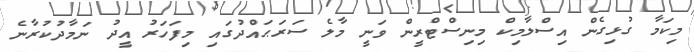
މިކަމާ ގުޅިގެން އިސްލާމިކް މިނިސްޓްރީން ވަނީ މާލެ ސަރަޙައްދުގައި މިފަހަރު އީދު ނަމާދުކުރާނެ